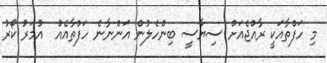
މި ހަފްތާއަކީ ރާއްޖެއަށް ސިޔާސީ ބިންހެލުން އަންނާނެ ހަފްތާއެއް  އުމަރު ކޯރު